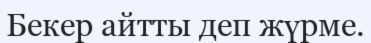
Бекер айтты деп жүрме.